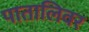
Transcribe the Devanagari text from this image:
पातालिवर